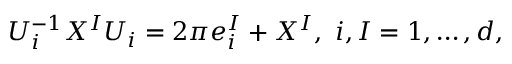
{ \cal U } _ { i } ^ { - 1 } X ^ { I } { \cal U } _ { i } = 2 \pi e _ { i } ^ { I } + X ^ { I } , ~ i , I = 1 , \ldots , d ,